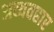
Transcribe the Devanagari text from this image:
अव्यवहार